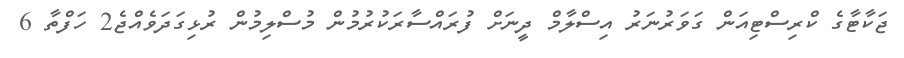
ޖަކާޓާގެ ކްރިސްޓިއަން ގަވަރުނަރު އިސްލާމް ދީނަށް ފުރައްސާރަކުރުމުން މުސްލިމުން ރުޅިގަދަވެއްޖެ2 ހަފްތާ 6